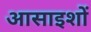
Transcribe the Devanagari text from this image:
आसाइशों